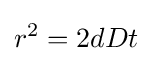
r^{2}=2dDt